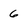
Character: 6